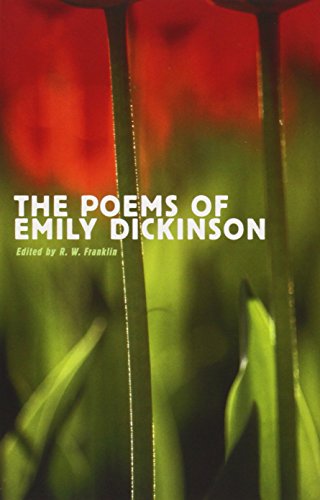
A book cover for The Poems of Emily Dickinson: Reading Edition; Emily Dickinson; Literature & Fiction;